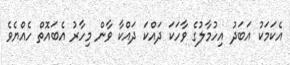
އެކަމަކު އަބަދު އިހުމާލުގެ ވާހަކަ ދައްކަ ދައްކާ ވާން މިހާރު އެބައޮތް ހެއްޔެވެ